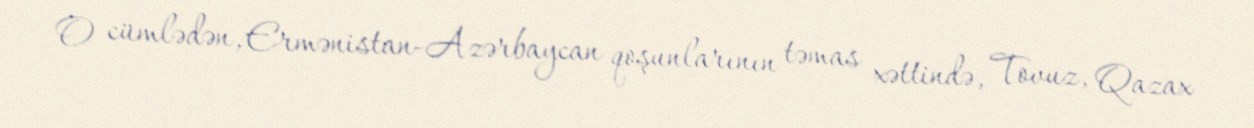
O cümlədən, Ermənistan-Azərbaycan qoşunlarının təmas xəttində, Tovuz, Qazax